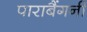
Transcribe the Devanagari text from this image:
पाराबैंगनी